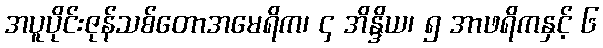
အပူပိုင်းဇုန်သစ်တောအမေရိက၊ ၄ အိန္ဒိယ၊ ၅ အာဖရိကနှင့် ၆